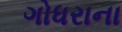
ગોધરાના